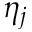
\eta _ { j }